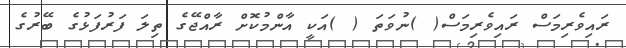
ރައިވެރިމަސް ރައިވެރިމަސް( )ނުވަތަ ( )އަކީ އާންމުކޮށް ރާއްޖޭގެ ތިލަ ފަރުފަޅުގެ ބޭރުގެ